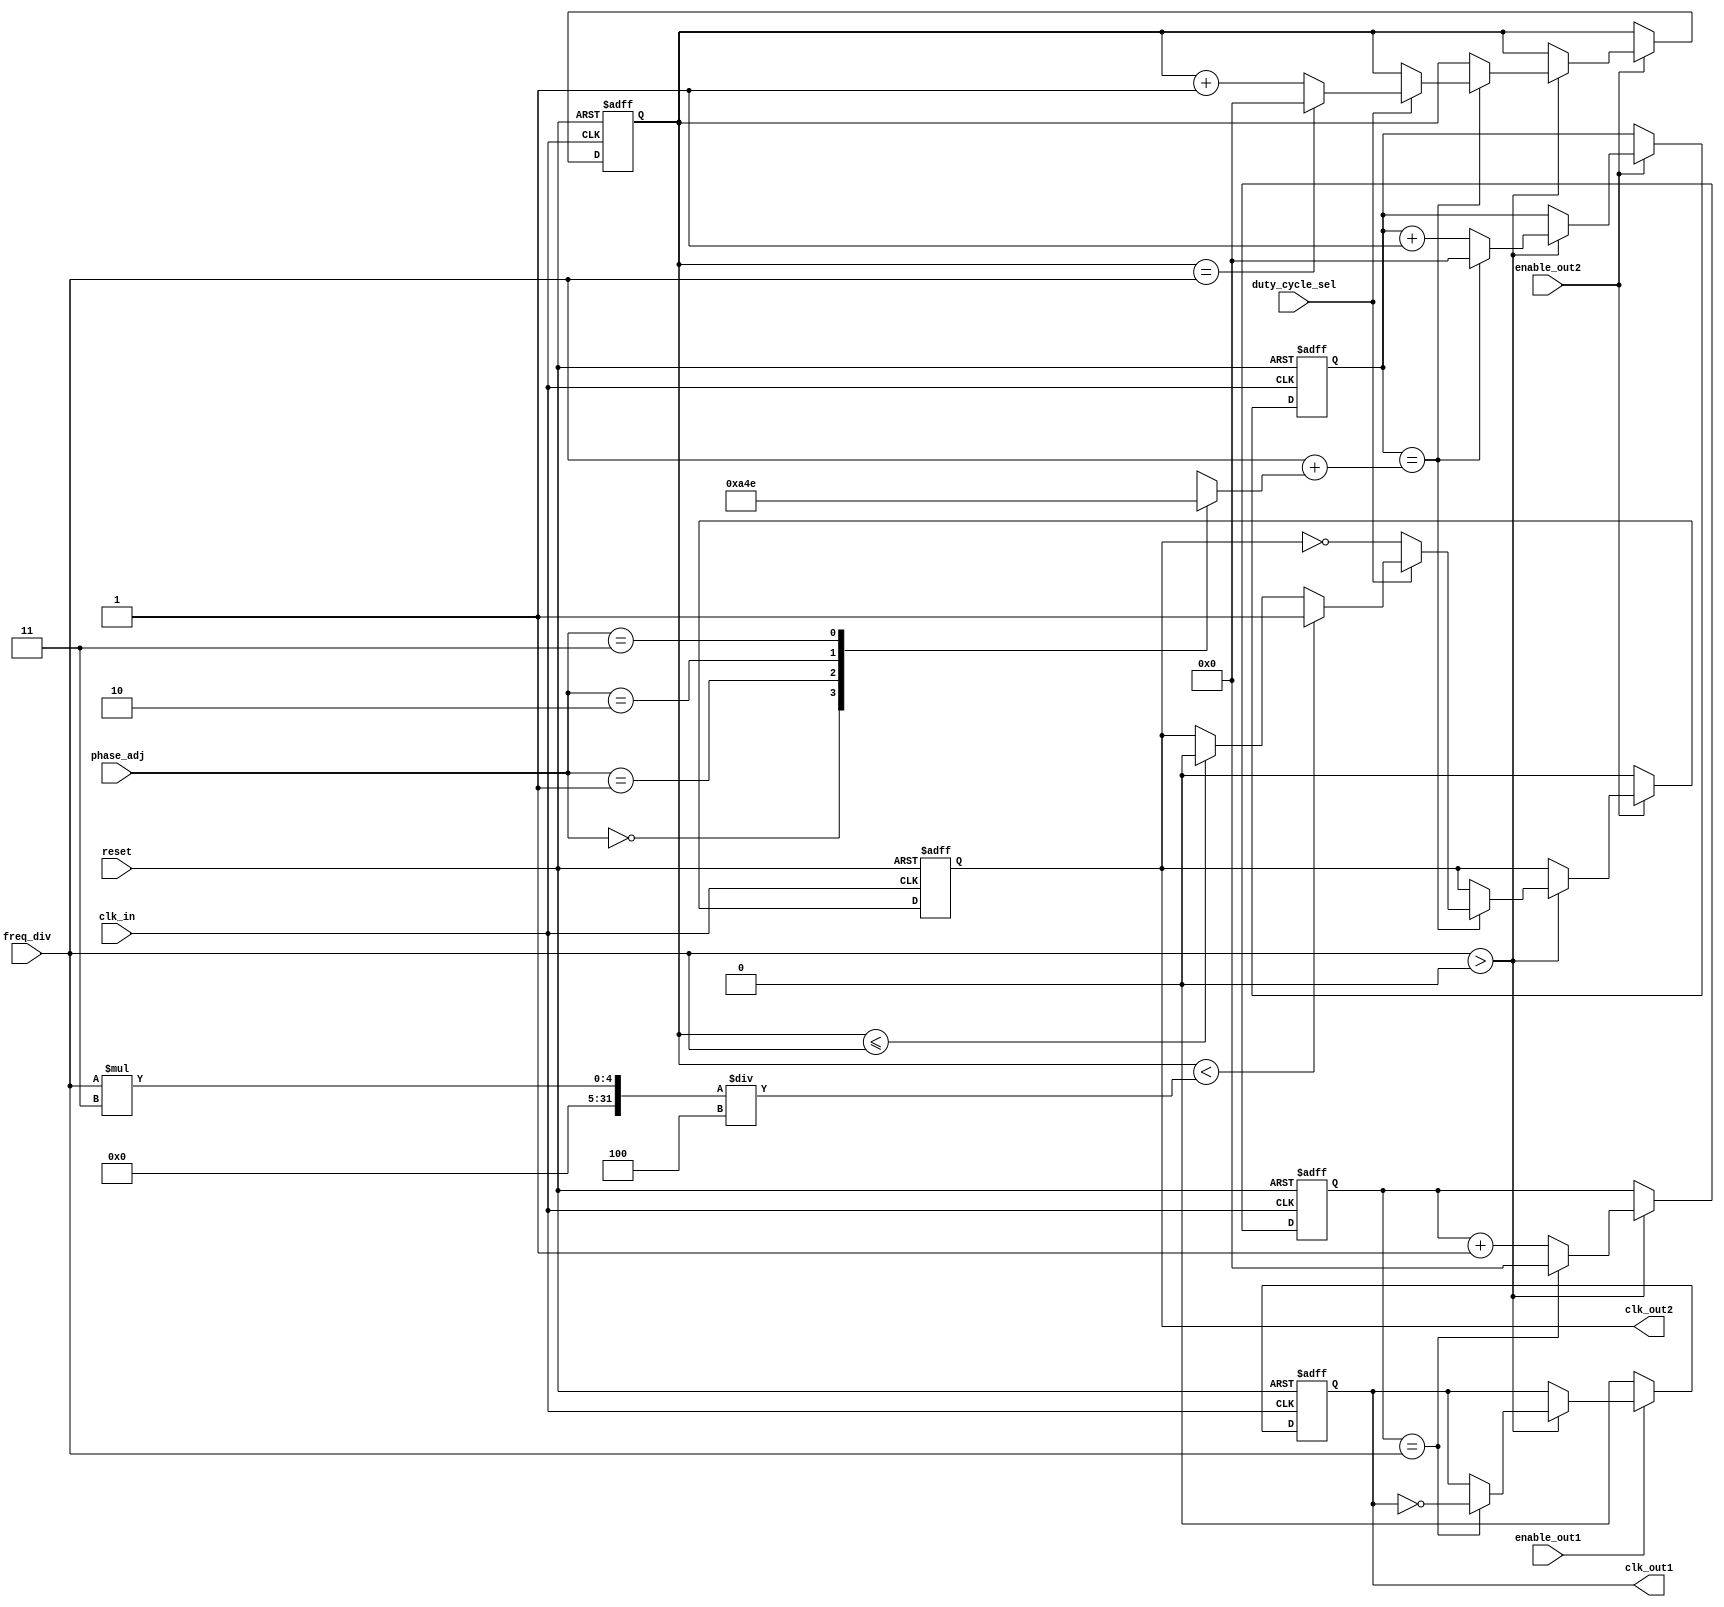
module programmable_clock_buffer (
    input wire clk_in,               // Clock input
    input wire reset,                // Asynchronous reset
    input wire [2:0] freq_div,       // Frequency division ratio (1, 2, 4, 8, etc.)
    input wire [1:0] phase_adj,      // Phase adjustment (00: 0, 01: 90, 10: 180, 11: 270)
    input wire duty_cycle_sel,        // Duty cycle select (0: 50%, 1: 75%)
    input wire enable_out1,          // Enable output 1
    input wire enable_out2,          // Enable output 2
    output reg clk_out1,             // Output clock 1
    output reg clk_out2              // Output clock 2
);

    reg [3:0] clk_out1_counter = 4'b0; // Counter for clk_out1
    reg [3:0] clk_out2_counter = 4'b0; // Counter for clk_out2
    reg [3:0] duty_cycle_count; // To manage duty cycle
    reg [3:0] phase_offset;     // To manage phase adjustment

    // Calculate phase offsets based on input
    always @(*) begin
        case (phase_adj)
            2'b00: phase_offset = 4'b0000; // 0 degrees
            2'b01: phase_offset = 4'b1010; // 90 degrees
            2'b10: phase_offset = 4'b0100; // 180 degrees
            2'b11: phase_offset = 4'b1110; // 270 degrees
            default: phase_offset = 4'b0000;
        endcase
    end

    // Generate output clocks based on divisors and duty cycle
    always @(posedge clk_in or posedge reset) begin
        if (reset) begin
            clk_out1 <= 1'b0;
            clk_out2 <= 1'b0;
            clk_out1_counter <= 4'b0;
            clk_out2_counter <= 4'b0;
            duty_cycle_count <= 4'b0;
        end else begin
            // Handle clock output 1
            if (freq_div > 0) begin
                clk_out1_counter <= clk_out1_counter + 1'b1;
                if (clk_out1_counter == freq_div) begin
                    clk_out1_counter <= 4'b0;
                    clk_out1 <= ~clk_out1; // Toggle clock output
                end
            end
            
            // Handle clock output 2
            if (enable_out2) begin
                if (freq_div > 0) begin
                    clk_out2_counter <= clk_out2_counter + 1'b1;
                    if (clk_out2_counter == freq_div + phase_offset) begin
                        clk_out2_counter <= 4'b0;
                        if (duty_cycle_sel) begin
                            duty_cycle_count <= duty_cycle_count + 1'b1;
                            if (duty_cycle_count < (freq_div * 3) / 4) begin
                                clk_out2 <= 1'b1; // High duty cycle
                            end else if (duty_cycle_count <= freq_div) begin
                                clk_out2 <= 1'b0; // Low duty cycle
                            end
                            if (duty_cycle_count == freq_div) begin
                                duty_cycle_count <= 0;
                            end
                        end else begin
                            clk_out2 <= !clk_out2; // 50% duty cycle
                        end
                    end
                end
            end else begin
                clk_out2 <= 1'b0; // If output 2 is disabled
            end

            // Handle clock output 1 duty cycle
            if (enable_out1) begin
                // Similar duty cycle management for clk_out1, if required
            end else begin
                clk_out1 <= 1'b0; // If output 1 is disabled
            end
        end
    end
endmodule